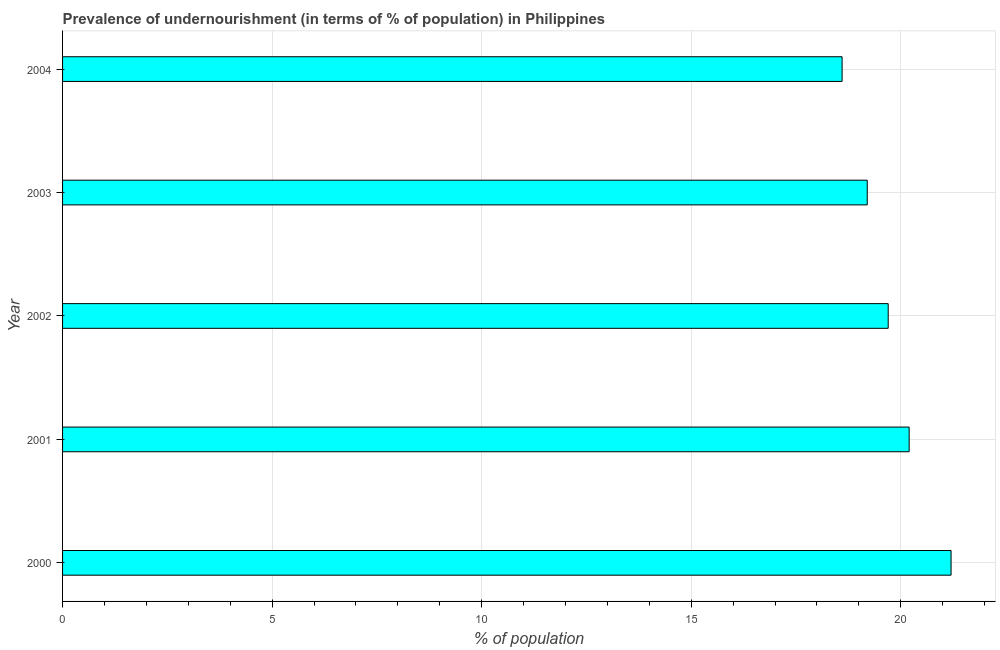
| Year | Prevalence of undernourishment |
 | --- | --- |
 | 2000 | 21.2 |
 | 2001 | 20.2 |
 | 2002 | 19.7 |
 | 2003 | 19.2 |
 | 2004 | 18.6 |